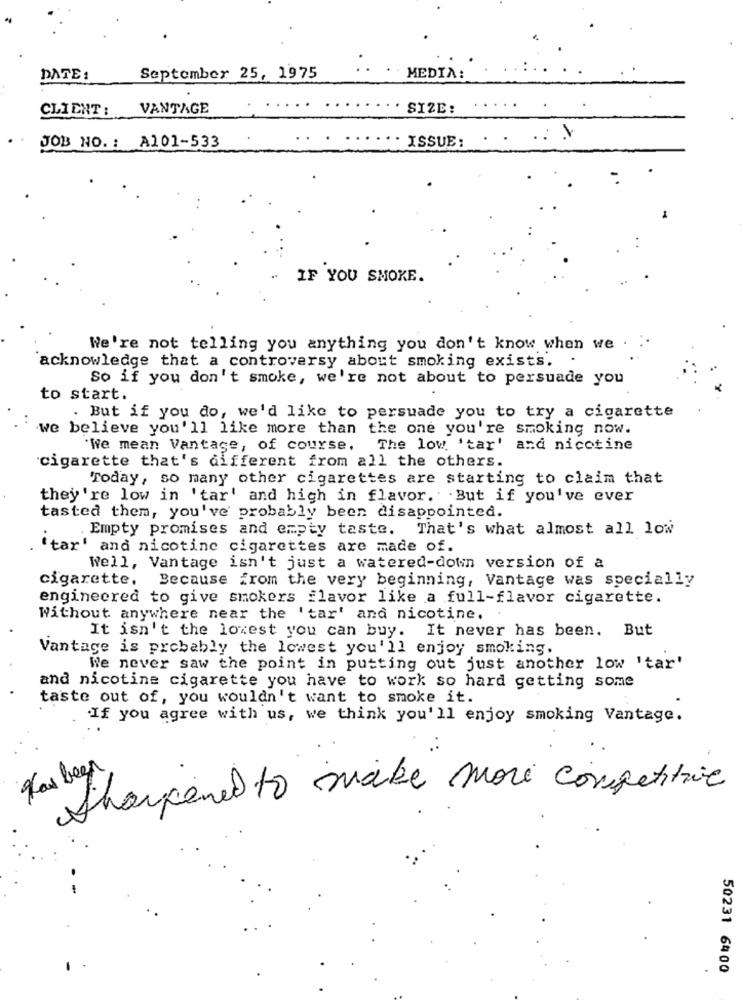
DATE :
September 25, 1975
MEDIA:
CLIENT: VANTAGE
SIZE:
JOB NO. : A101-533
· ISSUE:
IF YOU SMOKE.
We're not telling you anything you don't know when we .
acknowledge that a controversy about smoking exists.
So if you don't smoke, we're not about to persuade you
to start.
. But if you do, we'd like to persuade you to try a cigarette
we believe you'll like more than the one you're smoking now.
We mean Vantage, of course.
The low, 'tar' and nicotine
cigarette that's different from all the others.
Today, so many other cigarettes are starting to claim that
they're low in 'tar' and high in flavor. . But if you've ever
tasted them, you've probably been disappointed.
. Empty promises and empty taste. That's what almost all low
tax' and nicotine cigarettes are made of.
Well, Vantage isn't just a watered-down version of a
cigarette. Because from the very beginning, Vantage was specially
engineered to give smokers flavor like a full-flavor cigarette.
Without anywhere near the 'tar' and nicotine.
It isn't the lowest you can buy. It never has been. But
Vantage is probably the lowest you'll enjoy smoking.
We never saw the point in putting out just another low 'tar"
and nicotine cigarette you have to work so hard getting some
taste out of, you wouldn't want to smoke it.
.If you agree with us, we think you'll enjoy smoking Vantage.
Has been
Sharpened to make more competitive
-
50231 6400